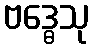
ဗဒ္ဓေသု